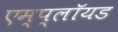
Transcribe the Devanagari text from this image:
एम्प्लॉयड